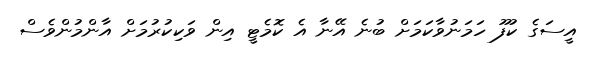
އީސަގެ ކުފޫ ހަމަނުވާކަމަށް ބުނެ އޭނާ އެ ކޮމެޓީ އިން ވަކިކުރުމަށް އާންމުންވެސް